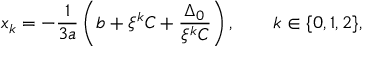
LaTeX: x _ { k } = - { \frac { 1 } { 3 a } } \left( b + \xi ^ { k } C + { \frac { \Delta _ { 0 } } { \xi ^ { k } C } } \right) , \qquad k \in \{ 0 , 1 , 2 \} { \mathrm { , } }